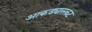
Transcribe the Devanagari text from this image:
आकड्यासकट